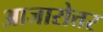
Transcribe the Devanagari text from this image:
आजारोत्तर